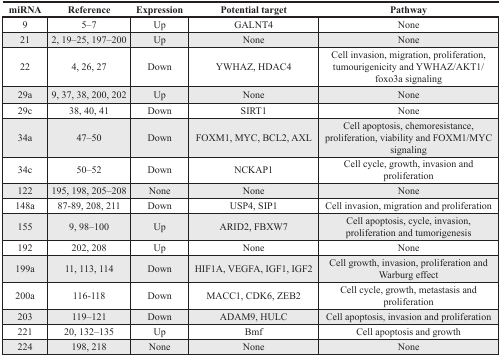
<table><thead><tr><td><b>miRNA</b></td><td><b>Reference</b></td><td><b>Expression</b></td><td><b>Potential target</b></td><td><b>Pathway</b></td></tr></thead><tbody><tr><td>9</td><td>5–7</td><td>Up</td><td>GALNT4</td><td>None</td></tr><tr><td>21</td><td>2, 19–25, 197–200</td><td>Up</td><td>None</td><td>None</td></tr><tr><td>22</td><td>4, 26, 27</td><td>Down</td><td>YWHAZ, HDAC4</td><td>Cell invasion, migration, proliferation, tumourigenicity and YWHAZ/AKT1/foxo3a signaling</td></tr><tr><td>29a</td><td>9, 37, 38, 200, 202</td><td>Up</td><td>None</td><td>None</td></tr><tr><td>29c</td><td>38, 40, 41</td><td>Down</td><td>SIRT1</td><td>None</td></tr><tr><td>34a</td><td>47–50</td><td>Down</td><td>FOXM1, MYC, BCL2, AXL</td><td>Cell apoptosis, chemoresistance, proliferation, viability and FOXM1/MYC signaling</td></tr><tr><td>34c</td><td>50–52</td><td>Down</td><td>NCKAP1</td><td>Cell cycle, growth, invasion and proliferation</td></tr><tr><td>122</td><td>195, 198, 205–208</td><td>None</td><td>None</td><td>None</td></tr><tr><td>148a</td><td>87-89, 208, 211</td><td>Down</td><td>USP4, SIP1</td><td>Cell invasion, migration and proliferation</td></tr><tr><td>155</td><td>9, 98–100</td><td>Up</td><td>ARID2, FBXW7</td><td>Cell apoptosis, cycle, invasion, proliferation and tumorigenesis</td></tr><tr><td>192</td><td>202, 208</td><td>Up</td><td>None</td><td>None</td></tr><tr><td>199a</td><td>11, 113, 114</td><td>Down</td><td>HIF1A, VEGFA, IGF1, IGF2</td><td>Cell growth, invasion, proliferation and Warburg effect</td></tr><tr><td>200a</td><td>116-118</td><td>Down</td><td>MACC1, CDK6, ZEB2</td><td>Cell cycle, growth, metastasis and proliferation</td></tr><tr><td>203</td><td>119–121</td><td>Down</td><td>ADAM9, HULC</td><td>Cell apoptosis, invasion and proliferation</td></tr><tr><td>221</td><td>20, 132–135</td><td>Up</td><td>Bmf</td><td>Cell apoptosis and growth</td></tr><tr><td>224</td><td>198, 218</td><td>None</td><td>None</td><td>None</td></tr></tbody></table>